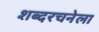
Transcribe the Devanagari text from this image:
शब्दरचनेला